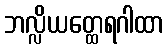
ဘလ္လိယတ္ထေရဂါထာ